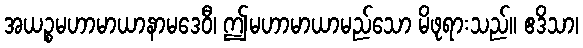
အယဉ္စမဟာမာယာနာမဒေဝီ၊ ဤမဟာမာယာမည်သော မိဖုရားသည်။ ဧဒိသာ၊